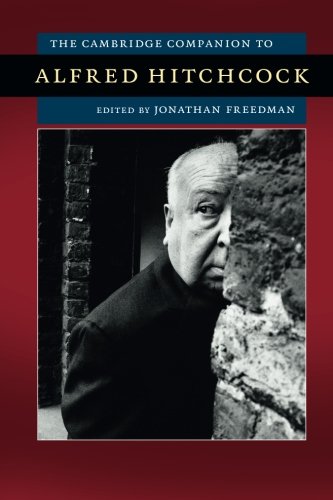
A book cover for The Cambridge Companion to Alfred Hitchcock (Cambridge Companions to American Studies); Humor & Entertainment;